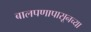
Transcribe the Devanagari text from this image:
बालपणापासूनच्या